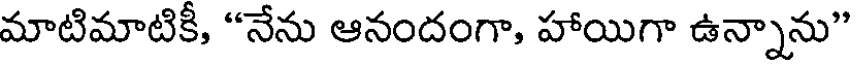
మాటిమాటికీ, "నేను ఆనందంగా, హాయిగా ఉన్నాను"